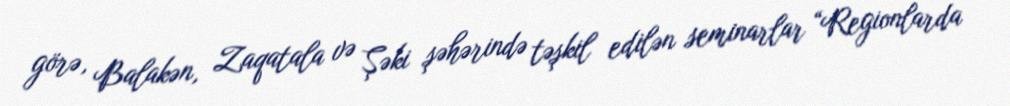
görə, Balakən, Zaqatala və Şəki şəhərində təşkil edilən seminarlar “Regionlarda